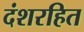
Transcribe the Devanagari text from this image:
दंशरहित